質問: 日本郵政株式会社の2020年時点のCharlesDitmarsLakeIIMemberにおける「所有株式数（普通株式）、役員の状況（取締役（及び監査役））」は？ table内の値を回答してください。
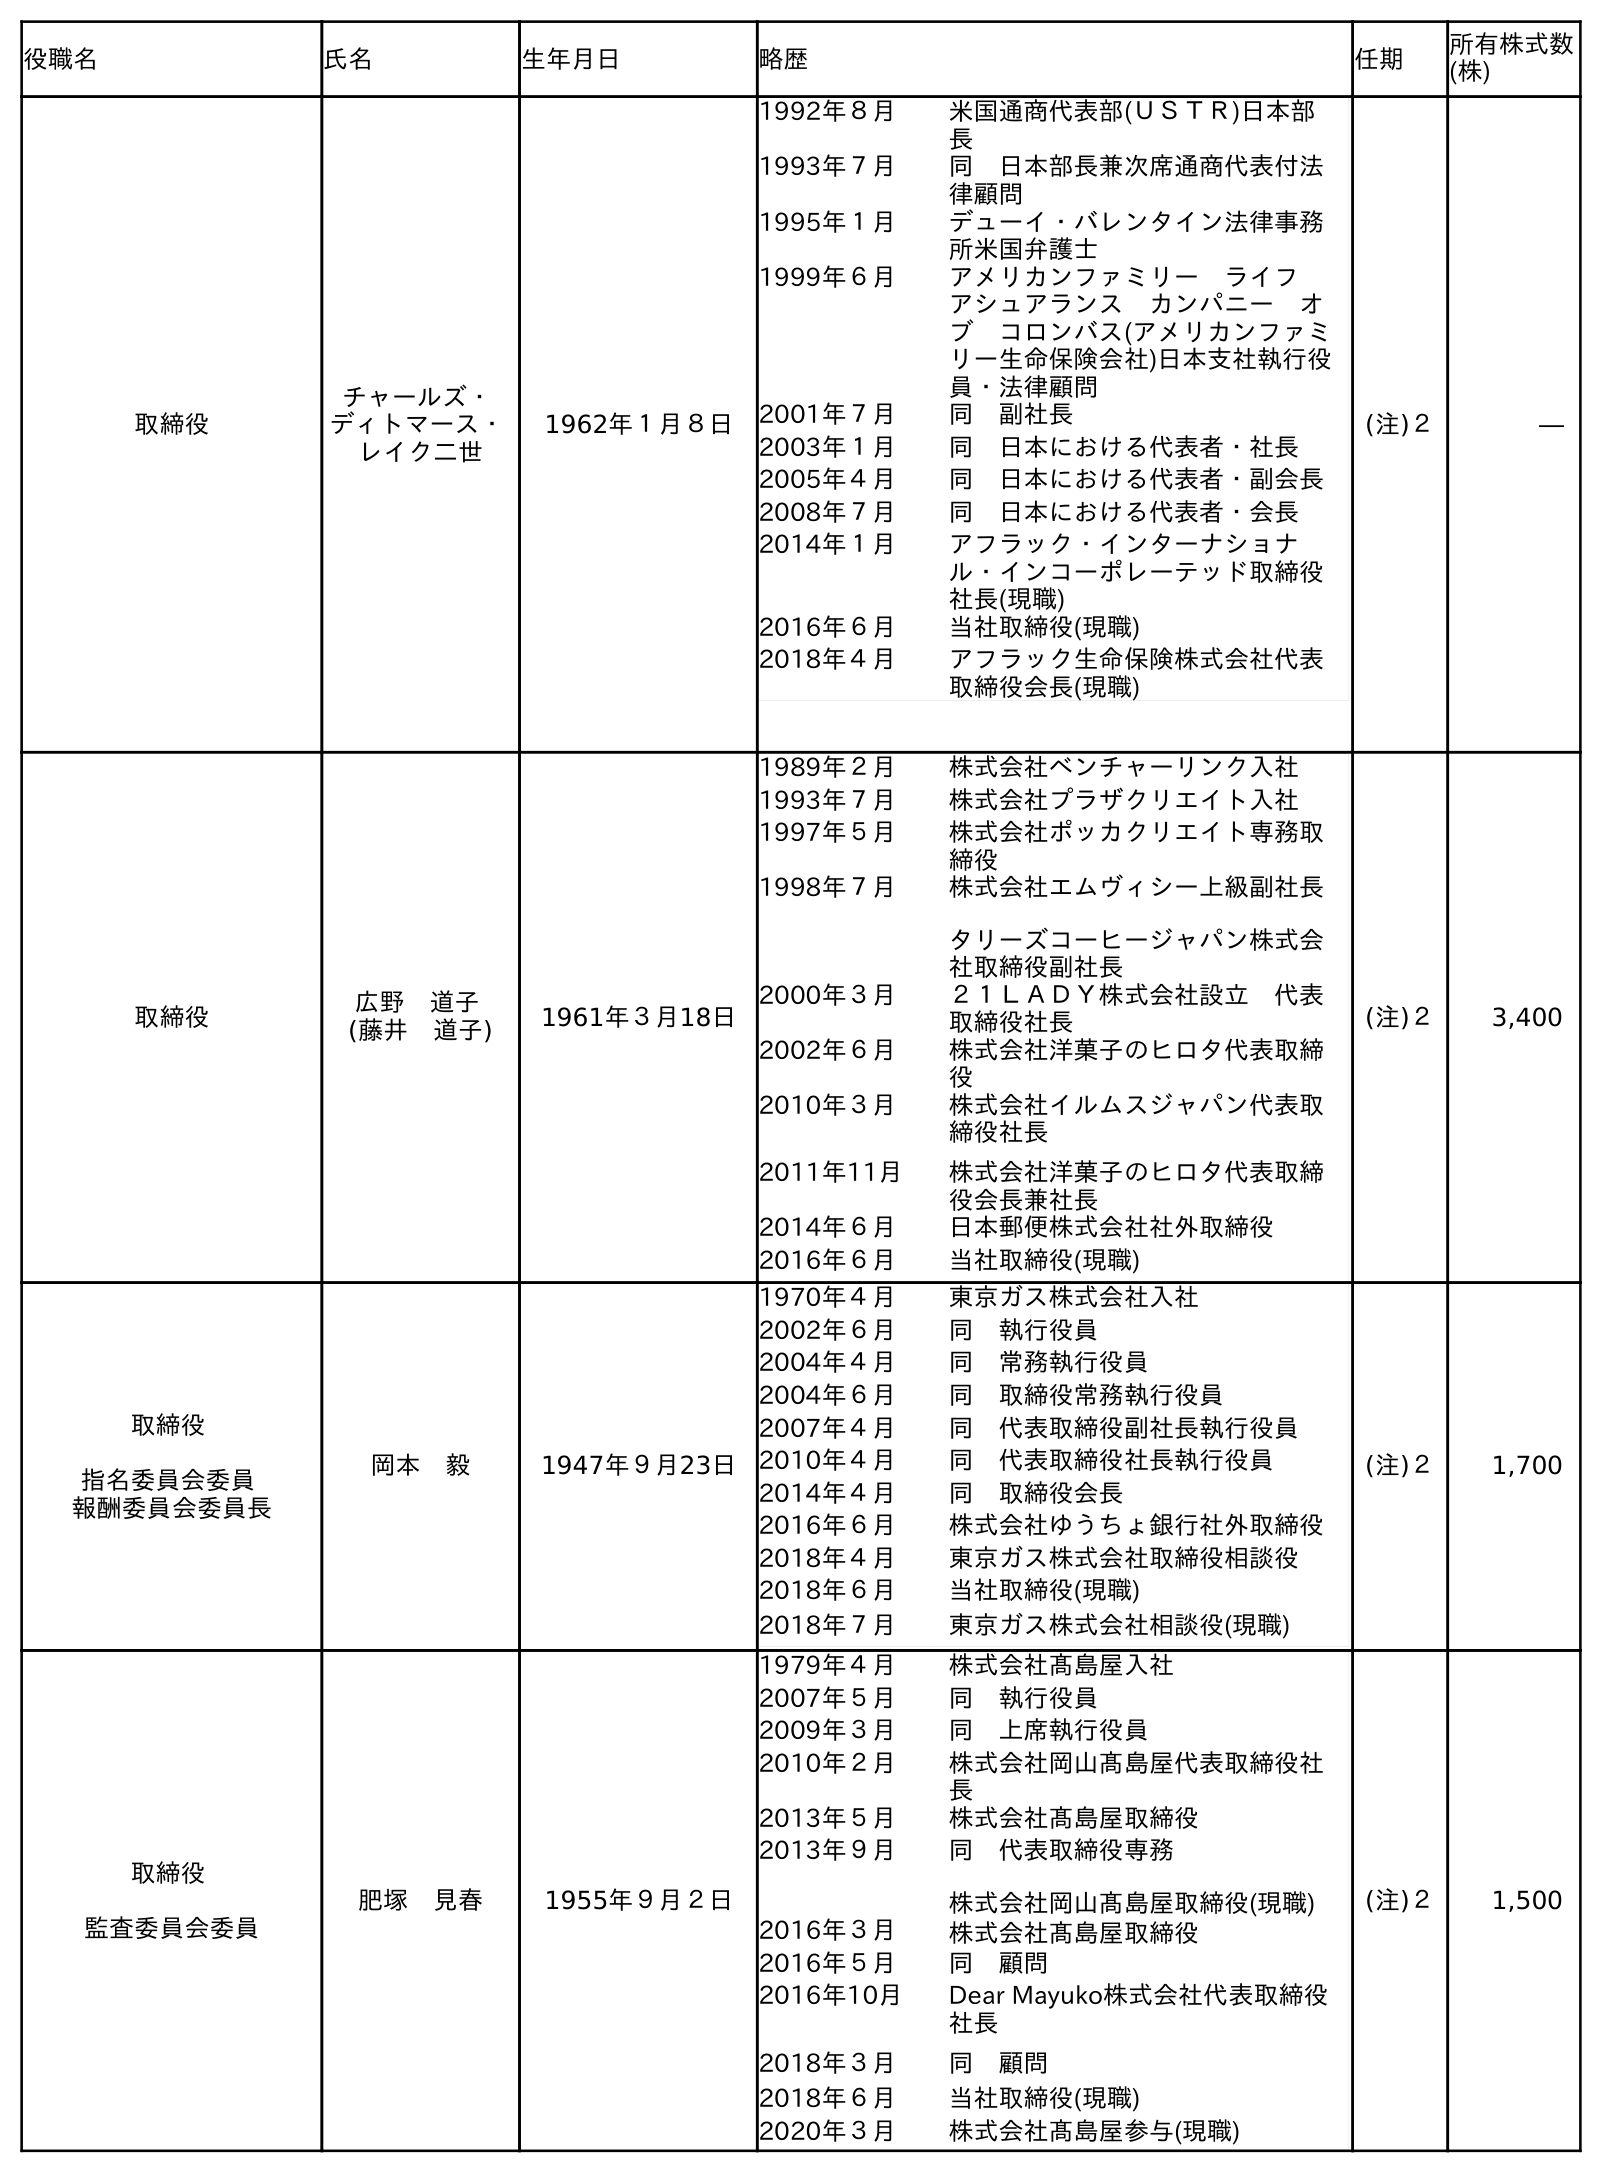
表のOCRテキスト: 役職名 氏名 生年月日 略歴 任期 所有株式数 (株) 取締役 チャールズ・ ディトマース・ レイク二世 1962年１月８日 1992年８月 米国通商代表部(ＵＳＴＲ)日本部 長 1993年７月 同 日本部長兼次席通商代表付法 律顧問 1995年１月 デューイ・バレンタイン法律事務 所米国弁護士 1999年６月 アメリカンファミリー ライフ  アシュアランス カンパニー オ ブ コロンバス(アメリカンファミ リー生命保険会社)日本支社執行役 員・法律顧問 2001年７月 同 副社長 2003年１月 同 日本における代表者・社長 2005年４月 同 日本における代表者・副会長 2008年７月 同 日本における代表者・会長 2014年１月 アフラック・インターナショナ ル・インコーポレーテッド取締役 社長(現職) 2016年６月 当社取締役(現職) 2018年４月 アフラック生命保険株式会社代表 取締役会長(現職) (注)２ ― 取締役 広野 道子 (藤井 道子) 1961年３月18日 1989年２月 株式会社ベンチャーリンク入社 1993年７月 株式会社プラザクリエイト入社 1997年５月 株式会社ポッカクリエイト専務取 締役 1998年７月 株式会社エムヴィシー上級副社長 タリーズコーヒージャパン株式会 社取締役副社長 2000年３月 ２１ＬＡＤＹ株式会社設立 代表 取締役社長 2002年６月 株式会社洋菓子のヒロタ代表取締 役 2010年３月 株式会社イルムスジャパン代表取 締役社長 2011年11月 株式会社洋菓子のヒロタ代表取締 役会長兼社長 2014年６月 日本郵便株式会社社外取締役 2016年６月 当社取締役(現職) (注)２ 3,400 取締役 指名委員会委員 報酬委員会委員長 岡本 毅 1947年９月23日 1970年４月 東京ガス株式会社入社 2002年６月 同 執行役員 2004年４月 同 常務執行役員 2004年６月 同 取締役常務執行役員 2007年４月 同 代表取締役副社長執行役員 2010年４月 同 代表取締役社長執行役員 2014年４月 同 取締役会長 2016年６月 株式会社ゆうちょ銀行社外取締役 2018年４月 東京ガス株式会社取締役相談役 2018年６月 当社取締役(現職) 2018年７月 東京ガス株式会社相談役(現職) (注)２ 1,700 取締役 監査委員会委員 肥塚 見春 1955年９月２日 1979年４月 株式会社髙島屋入社 2007年５月 同 執行役員 2009年３月 同 上席執行役員 2010年２月 株式会社岡山髙島屋代表取締役社 長 2013年５月 株式会社髙島屋取締役 2013年９月 同 代表取締役専務 株式会社岡山髙島屋取締役(現職) 2016年３月 株式会社髙島屋取締役 2016年５月 同 顧問 2016年10月 Dear Mayuko株式会社代表取締役 社長 2018年３月 同 顧問 2018年６月 当社取締役(現職) 2020年３月 株式会社髙島屋参与(現職) (注)２ 1,500
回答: ―